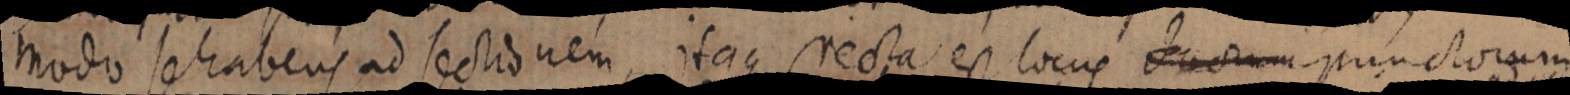
modo sehabens ad sectionem, itaque recta est locus _ punctorum